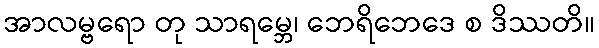
အာလမ္ဗရော တု သာရမ္ဘေ၊ ဘေရိဘေဒေ စ ဒိဿတိ။